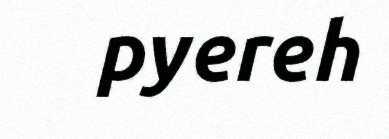
pyereh